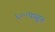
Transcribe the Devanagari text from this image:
६००पासून